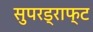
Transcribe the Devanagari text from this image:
सुपरड्राफ्ट